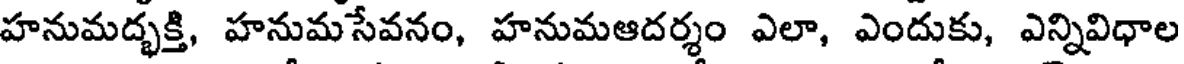
హనుమద్భక్తి, హనుమసేవనం, హనుమఆదర్శం ఎలా, ఎందుకు, ఎన్నివిధాల